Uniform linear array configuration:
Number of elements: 12
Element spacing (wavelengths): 0.75
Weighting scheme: binomial
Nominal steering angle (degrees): -30
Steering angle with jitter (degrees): -30.574
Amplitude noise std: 0.05
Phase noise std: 0.05

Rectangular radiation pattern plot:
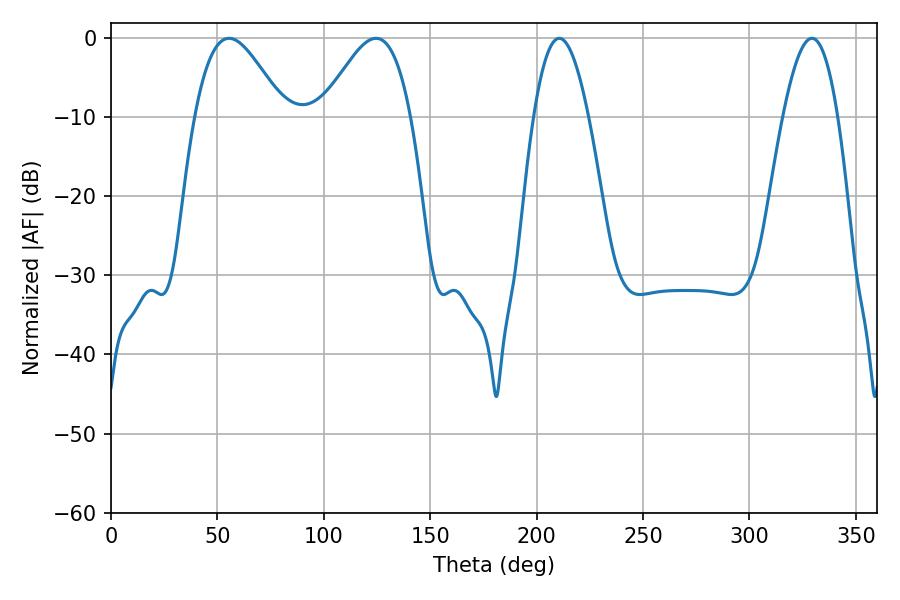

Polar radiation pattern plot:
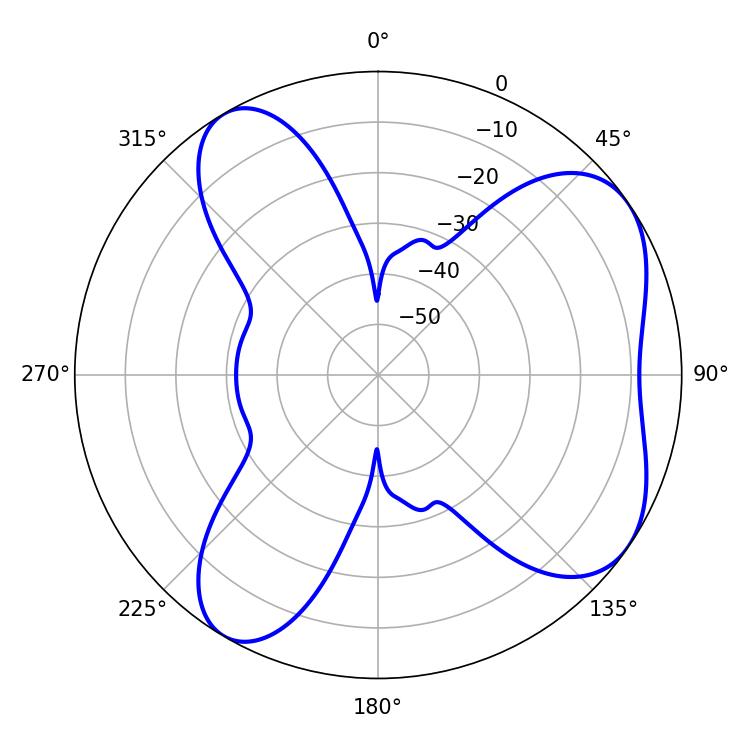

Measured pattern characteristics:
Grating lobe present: TRUE
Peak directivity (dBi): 6.174
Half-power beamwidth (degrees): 22.5
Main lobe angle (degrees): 55.44